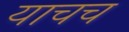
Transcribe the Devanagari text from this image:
याचच